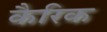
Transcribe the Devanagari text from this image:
कैरिक